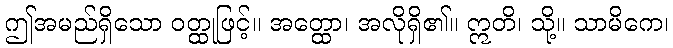
ဤအမည်ရှိသော ဝတ္ထုဖြင့်။ အတ္ထော၊ အလိုရှိ၏။ ဣတိ၊ သို့။ သာမိကေ၊